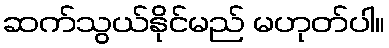
ဆက်သွယ်နိုင်မည် မဟုတ်ပါ။